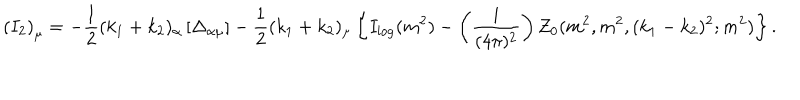
LaTeX: \left( I _ { 2 } \right) _ { \mu } = - \frac { 1 } { 2 } ( k _ { 1 } + k _ { 2 } ) _ { \alpha } \left[ \Delta _ { \alpha \mu } \right] - \frac { 1 } { 2 } ( k _ { 1 } + k _ { 2 } ) _ { \mu } \left\{ I _ { \log } ( m ^ { 2 } ) - \left( \frac { i } { ( 4 \pi ) ^ { 2 } } \right) Z _ { 0 } ( m ^ { 2 } , m ^ { 2 } , ( k _ { 1 } - k _ { 2 } ) ^ { 2 } ; m ^ { 2 } ) \right\} .